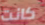
كانت